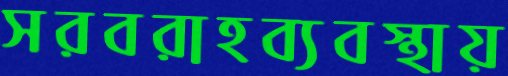
সরবরাহব্যবস্থায়